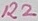
Text: R2